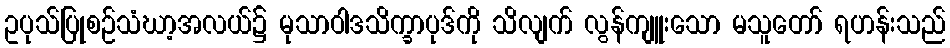
ဥပုသ်ပြုစဉ်သံဃာ့အလယ်၌ မုသာဝါဒသိက္ခာပုဒ်ကို သိလျက် လွန်ကျူးသော မသူတော် ရဟန်းသည်